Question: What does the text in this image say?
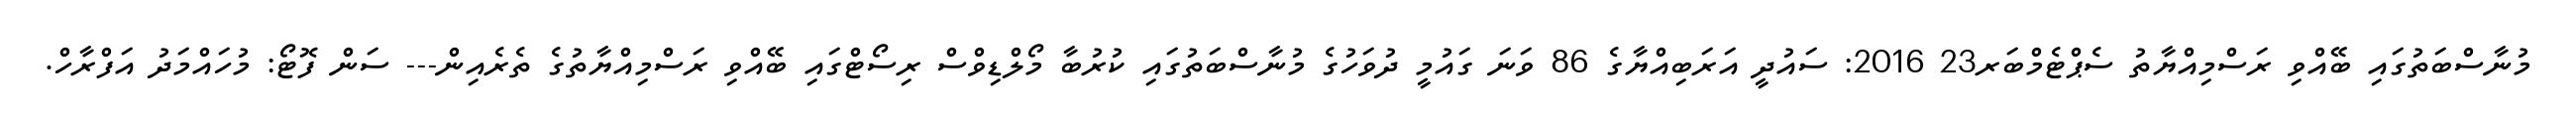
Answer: މުނާސްބަތުގައި ބޭއްވި ރަސްމިއްޔާތު ސެޕްޓެމްބަރ23 2016: ސައުދީ އަރަބިއްޔާގެ 86 ވަނަ ގައުމީ ދުވަހުގެ މުނާސްބަތުގައި ކުރުބާ މޯލްޑިވްސް ރިސޯޓްގައި ބޭއްވި ރަސްމިއްޔާތުގެ ތެރެއިން--- ސަން ފޮޓޯ: މުހައްމަދު އަފްރާހް.